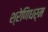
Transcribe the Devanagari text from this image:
श्रेणिधर्म